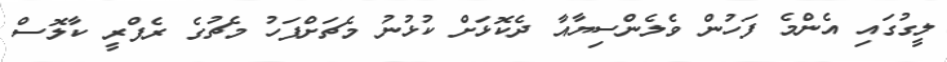
ލީގުގައި އެންމެ ފަހުން ވެލެންސިޔާއާ ދެކޮޅަށް ކުޅުނު މެޗަށްފަހު މެޗުގެ ރެފްރީ ކާލޮސް